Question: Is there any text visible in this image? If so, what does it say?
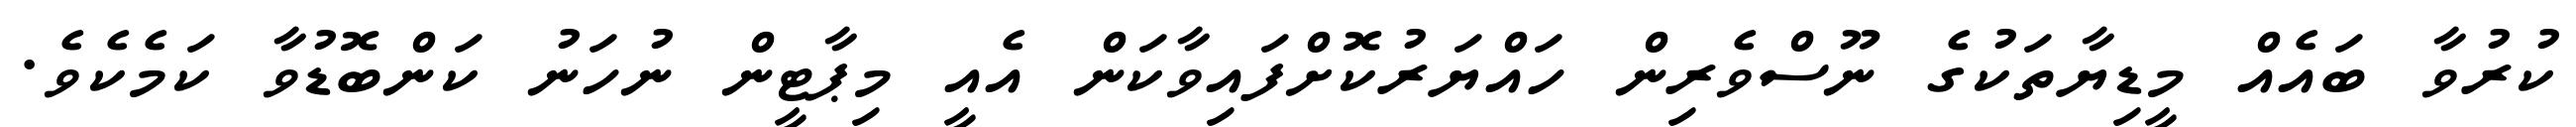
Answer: ކުރުވާ ބައެއް މީޑިޔާތަކުގެ ނޫސްވެރިން ހައްޔަރުކޮށްފައިވާކަން އެއީ މިޕާޓީން ނުހަނު ކަންބޮޑުވާ ކަމެކެވެ.